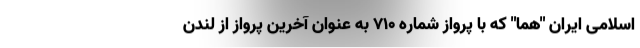
اسلامی ایران "هما" که با پرواز شماره ۷۱۰ به عنوان آخرین پرواز از لندن